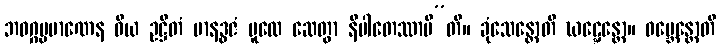
ဘဝဂ္ဂပ္ပမာဏေန ဝိယ ဥဋ္ဌိတံ မာနဒ္ဓဇံ မူလေ ဆေတွာ နိပါတေဿာမီ”တိ။ ခုံသေန္တောတိ ဃဋ္ဋေန္တော။ ဝမ္ဘေန္တောတိ